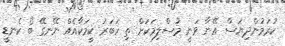
ކުރަމުންދިޔަސް އޭނާ ވަނީ މުސްލިމަކަށް ތި ހަބަރު ކީމަކާއެއް ނޭނގޭ ބޯ ކެނޑީ